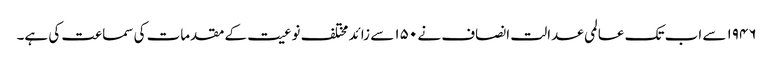
۱۹۴۶ سے اب تک عالمی عدالت انصاف نے ۱۵۰ سے زائد مختلف نوعیت کے مقدمات کی سماعت کی ہے۔